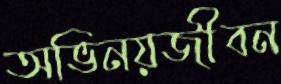
অভিনয়জীবন